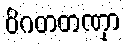
ဝိဂတတဏှာ